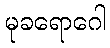
မုခရောဂေါ